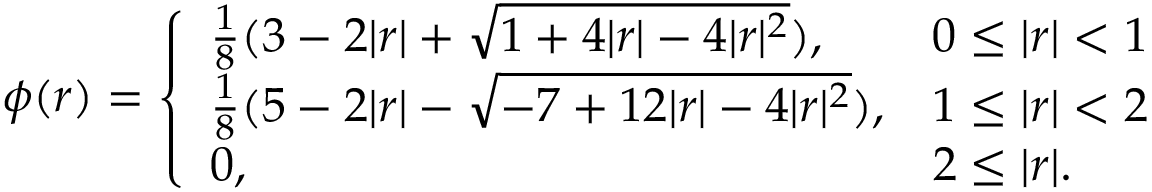
\phi ( r ) = \left\{ \begin{array} { l l } { \frac { 1 } { 8 } ( 3 - 2 | r | + \sqrt { 1 + 4 | r | - 4 | r | ^ { 2 } } ) , } & { 0 \leq | r | < 1 } \\ { \frac { 1 } { 8 } ( 5 - 2 | r | - \sqrt { - 7 + 1 2 | r | - 4 | r | ^ { 2 } } ) , } & { 1 \leq | r | < 2 } \\ { 0 , } & { 2 \leq | r | . } \end{array} \right.